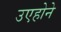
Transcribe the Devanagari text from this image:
उएहोने